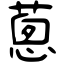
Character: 蔥